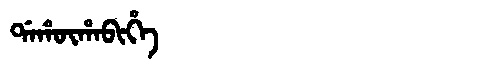
Manchu: ᡩᠠᡥᡡᡥᠠᠪᡳᡥᡝ
Romanization: DAHŪHABIHE